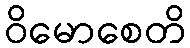
ဝိမောစေတိ